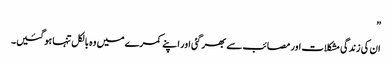
”
ان کی زندگی مشکلات اور مصائب سے بھر گئی اور اپنے کمرے میں وہ بالکل تنہا ہوگئیں۔